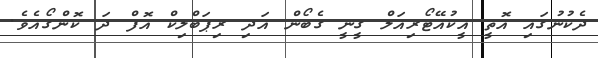
ދެކުނުގައި އޮތީ އީކުއޭޓޯރިއަލް ގީނީ ގެބޯން އަދި ރިޕަބްލިކް އޮފް ދަ ކޮންގޯއެވެ.